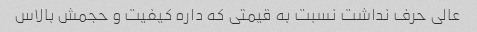
عالی حرف نداشت نسبت به قیمتی که داره کیفیت و حجمش بالاس